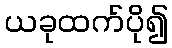
ယခုထက်ပို၍